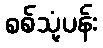
စစ်သုံ့ပန်း